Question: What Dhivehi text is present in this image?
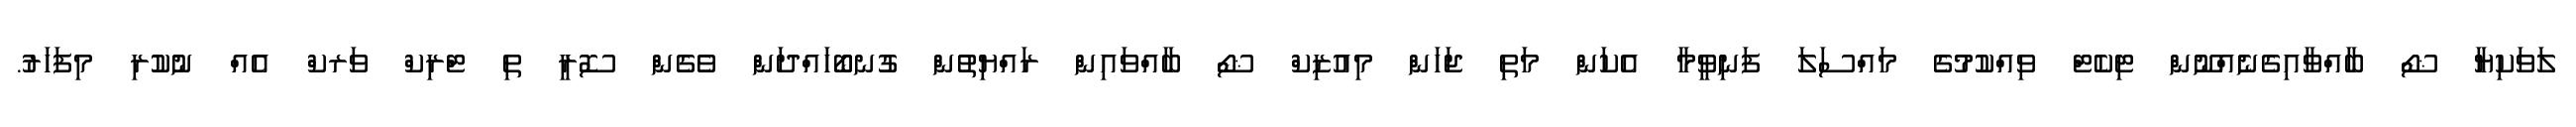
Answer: ލަވަކިޔާ ޝޯ ބާއްވާއިގެނެއްނޫން ޓިކެޓް ވިއްކުމުގެ މައްސަލަ ފަނިވީމާ އެކަން މަތި ޖަހަން މިއުޒިކް ޝޯ ބާއްވައިން ރައްޔިތުން ގުނބޯހައްދަން ވެގެން ސޮރީ ތި ޓްރިކް ވަރކް އެއް ނުކުރި މިފަހަރު.